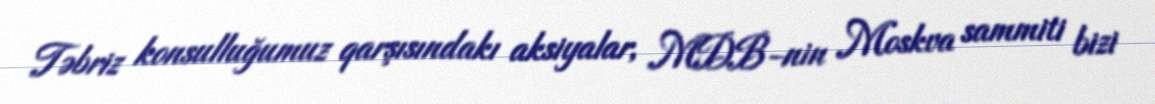
Təbriz konsulluğumuz qarşısındakı aksiyalar, MDB-nin Moskva sammiti bizi